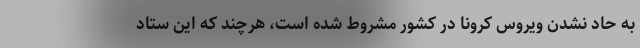
به حاد نشدن ویروس کرونا در کشور مشروط شده است، هرچند که این ستاد